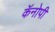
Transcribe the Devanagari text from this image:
कॅनोपी